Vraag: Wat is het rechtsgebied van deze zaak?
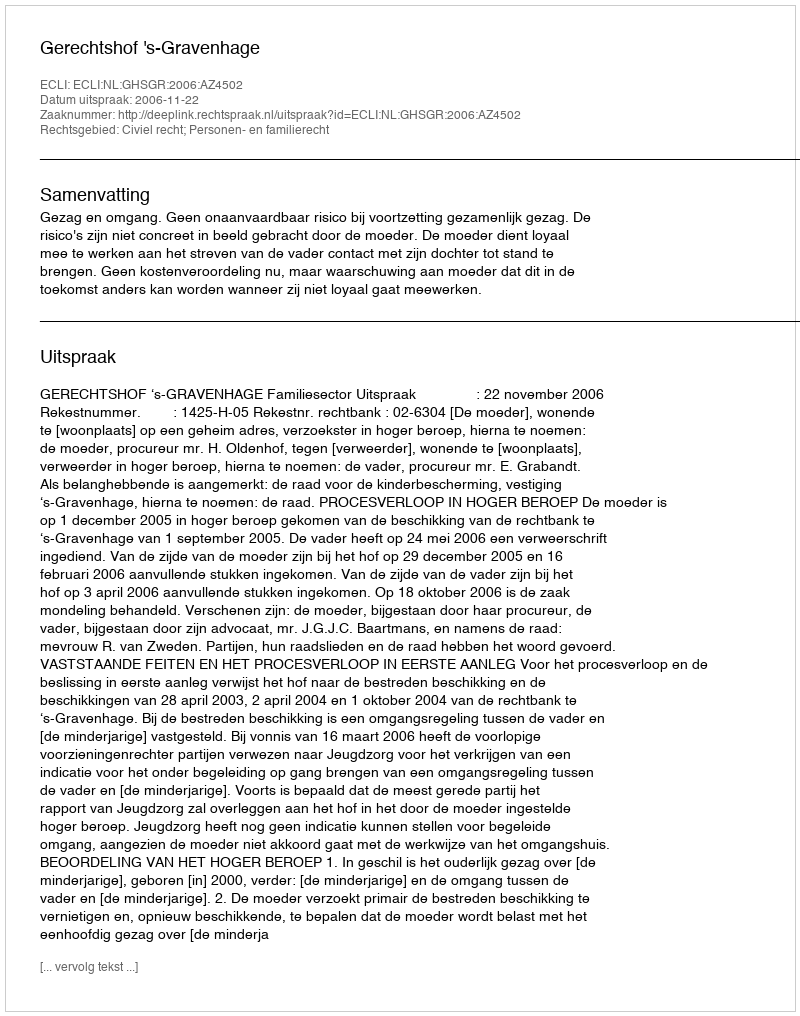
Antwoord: Civiel recht; Personen- en familierecht